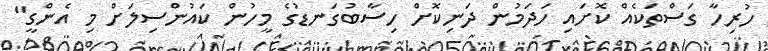
ހުރިހާ ގަސްތަކެއް ކޮށައި ހަދަމުން ދަނިކޮށް ހިސާބުގަނޑުގެ މީހުން ކައުންސިލަށް މި އެންގީ"